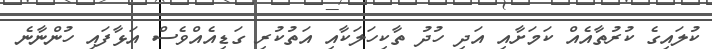
ކުލައިގެ ކުރުތާއެއް ކަމަށާއި އަދި ހުދު ތާކިހަލަކާއި އަތުކުރި ގަޑިއެއްވެސް އަޅާފައި ހުންނާނެ